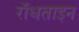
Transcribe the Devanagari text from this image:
रॉधताइन